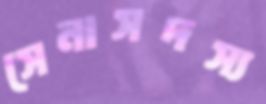
সেনাসদস্য